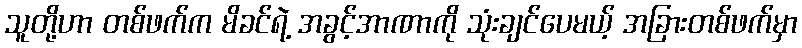
သူတို့ဟာ တစ်ဖက်က မိခင်ရဲ့ အခွင့်အာဏာကို သုံးချင်ပေမယ့် အခြားတစ်ဖက်မှာ